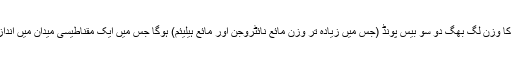
جب یہ بن کر مکمل ہو جائے گا تو اس کا وزن لگ بھگ دو سو بیس پونڈ (جس میں زیادہ تر وزن مائع نائٹروجن اور مائع ہیلیئم) ہوگا جس میں ایک مقناطیسی میدان میں اندازاً ایک ارب ضد پروٹون ذخیرہ ہوں گے۔